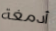
أدمغة